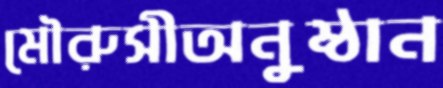
মৌরুসীঅনুষ্ঠান